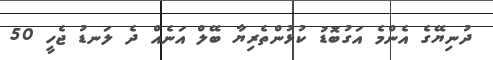
ދުނިޔޭގެ އެންމެ އަގުބޮޑު ކުޅުންތެރިޔާ ބޭލް އަނެއް ދެ ލަނޑު ޖެހީ 50